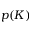
p ( K )